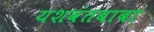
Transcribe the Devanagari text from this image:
यशवंतबाबा